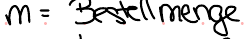
m = Bestellmenge